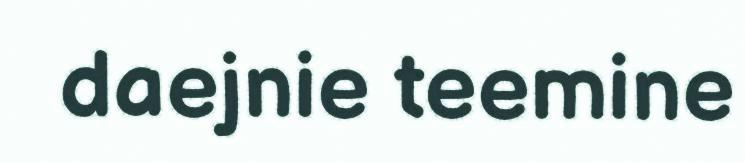
daejnie teemine